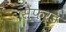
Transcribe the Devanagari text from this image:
सैंफर्ड